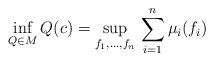
LaTeX: \begin{gather*}\inf_{Q\in M}Q(c)=\sup_{f_1,\ldots,f_n}\,\sum_{i=1}^n\mu_i(f_i)\end{gather*}